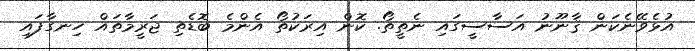
އުޅެވޭނެކަން ޤާނޫނު އަސާސީގައި ނެތީތޯ. ކޮން އިރަކުތޯ އެންމެ ބޮޑެތި ޖަރީމާތައް ހިނގާފައި